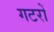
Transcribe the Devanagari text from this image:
गटरों